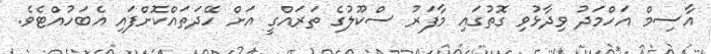
އާސިމް އަހްމަދު ވިދާޅުވި ގޮތުގައި މާފަރު ސްކޫލުގެ ތަރައްގީ އަށް ހޭދަތައްކޮށްފައި އެބަހުއްޓެވެ.